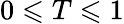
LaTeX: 0\leqslant T\leqslant 1